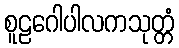
စူဠဂေါပါလကသုတ္တံ